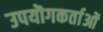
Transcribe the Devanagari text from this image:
उपयॊगकर्ताओं